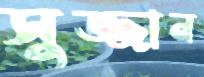
সুজ্জান